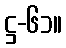
ဋ္ဌ-၆၁။